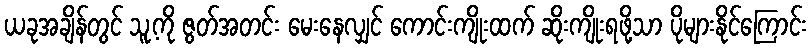
ယခုအချိန်တွင် သူ့ကို ဇွတ်အတင်း မေးနေလျှင် ကောင်းကျိုးထက် ဆိုးကျိုးရဖို့သာ ပိုများနိုင်ကြောင်း